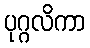
ပုဂ္ဂလိကာ